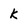
Character: K